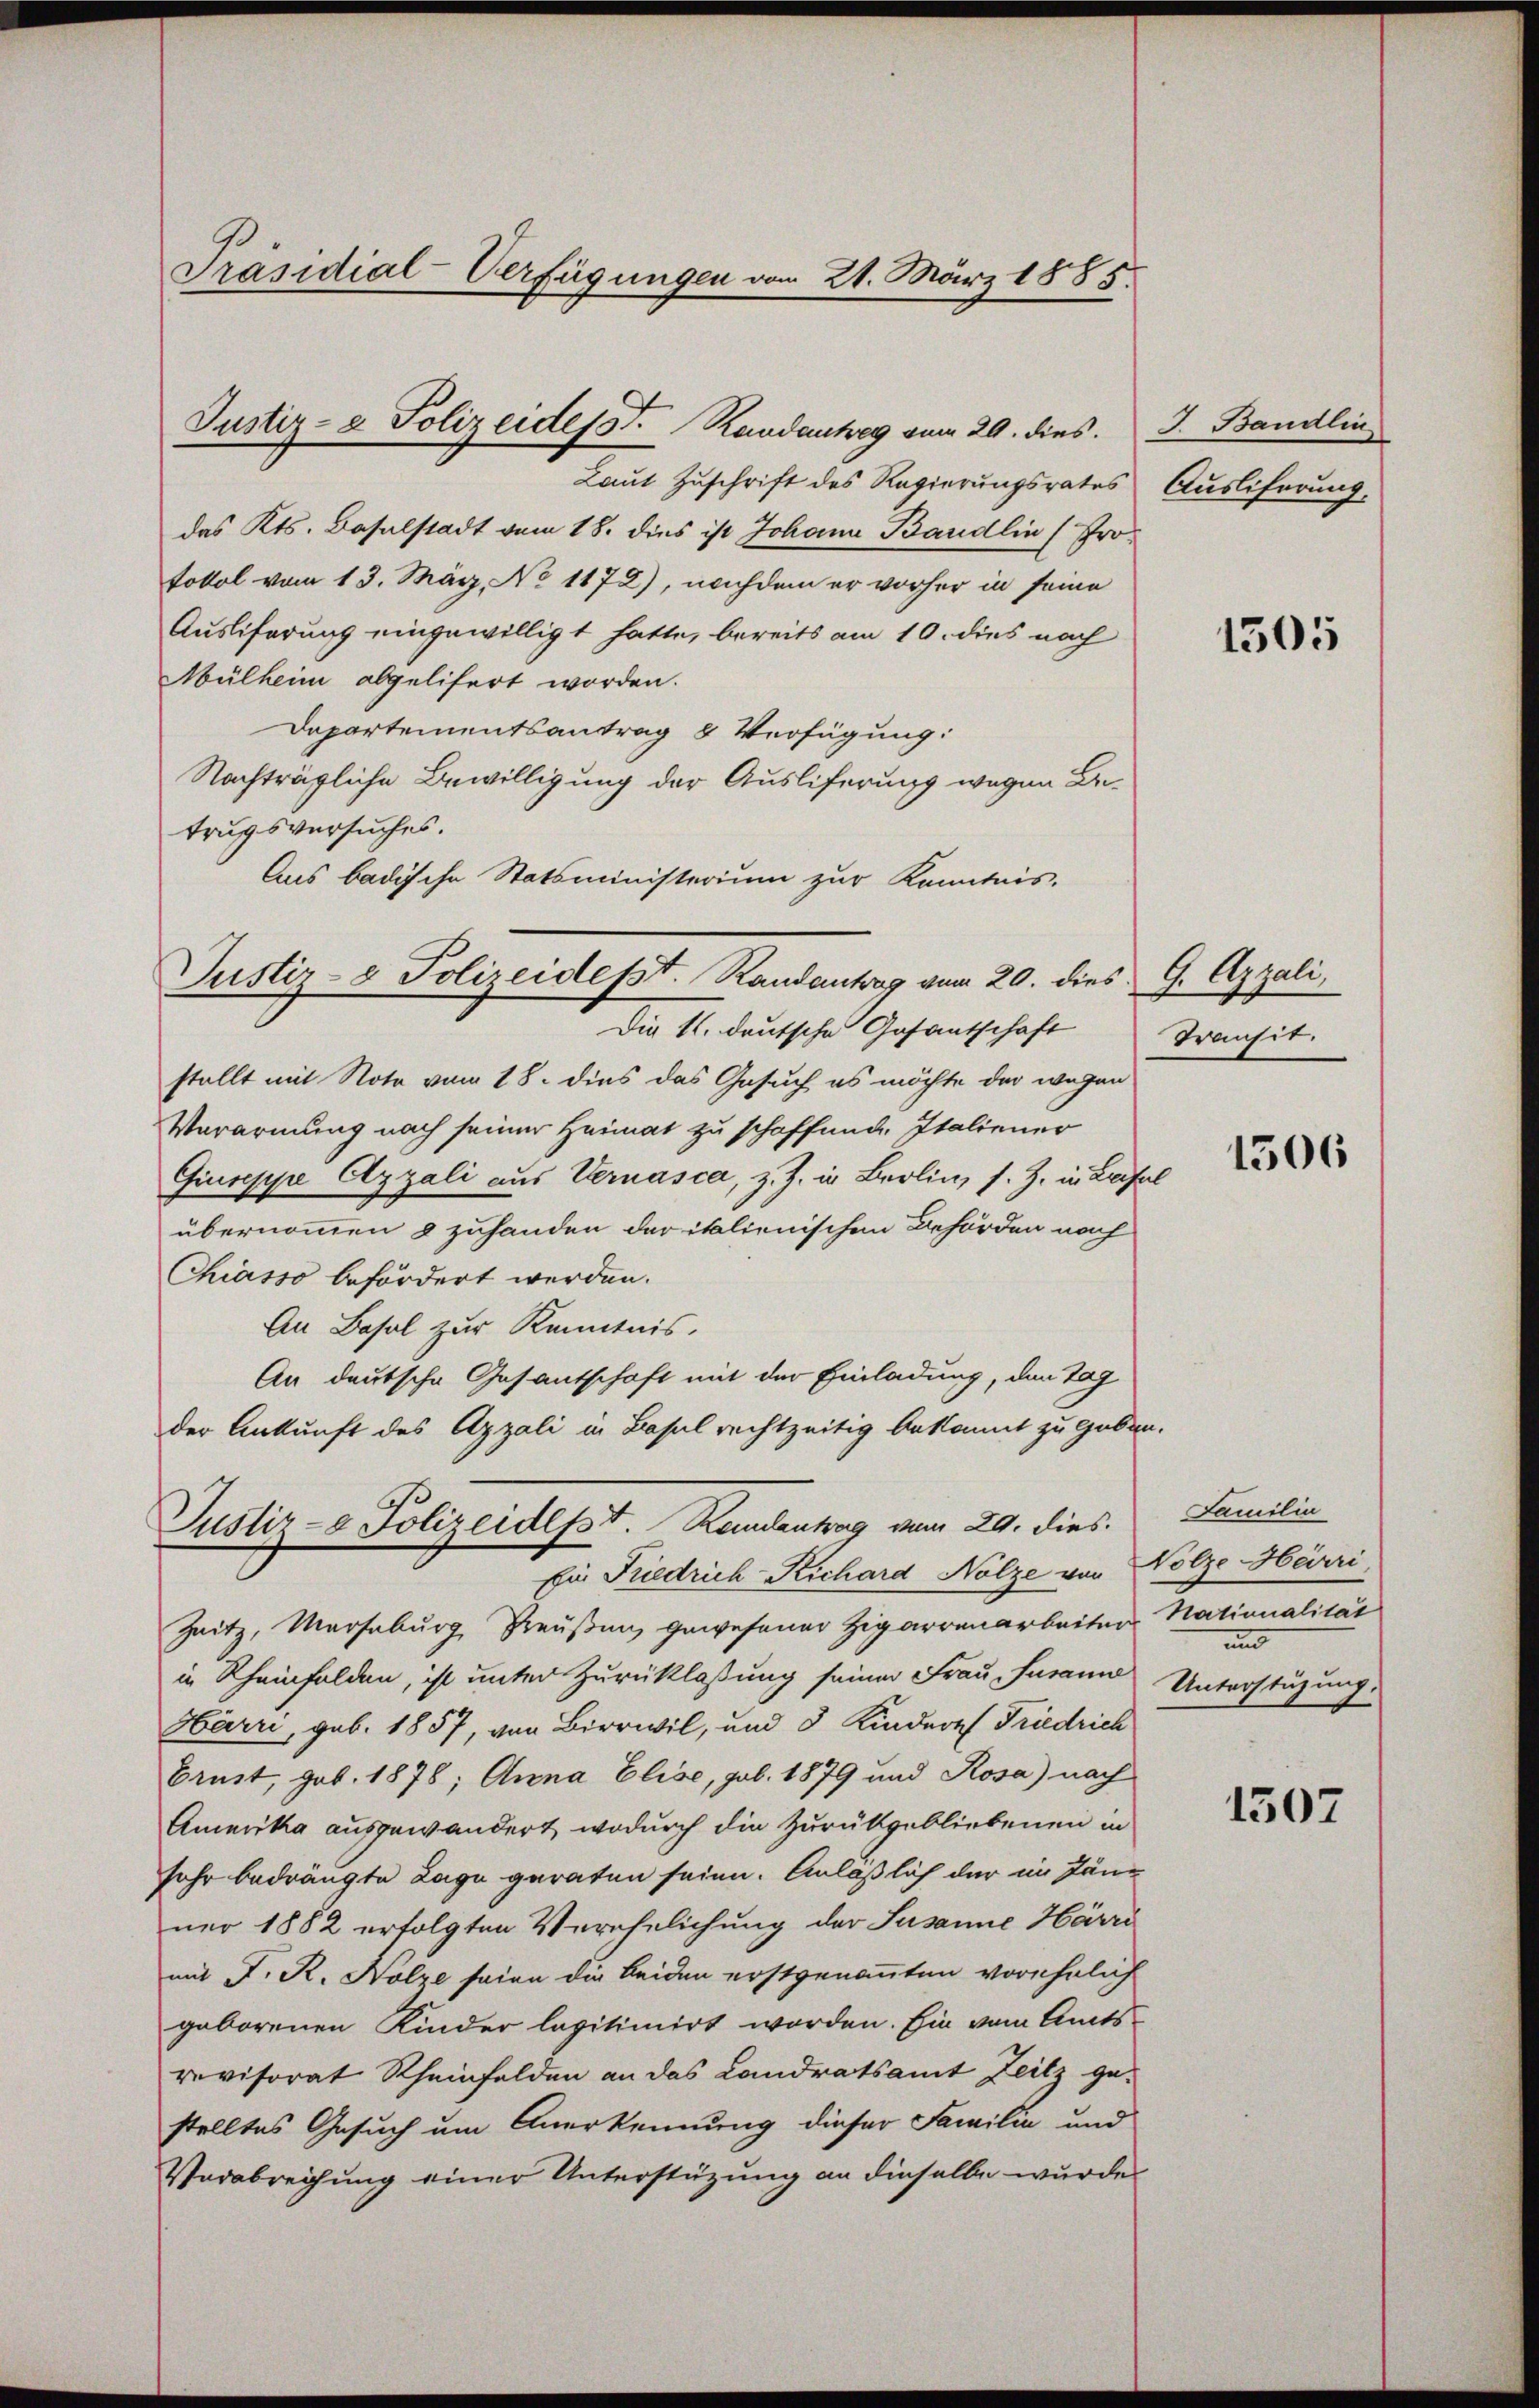
Präsidial-Verfügungen vom 21. März 1885.

das Kts. Baselstadt vom 18. dies ist Johann Baudlin (Protokol vom 13. März, No 1172), nachdem er vorher in seine
Ausliferung eingewilligt hatte, bereits am 10. dies noch
Mülheim abgelifert worden.
Departementsantrag 4 Verfügung:
Nachträgliche Bewilligung der Ausliferung wegen Beitrugsversuches.
Aus badische Statsministerium zur Kenntnis-
Die 1. deutsche Gasantschaft
stellt mit Note vom 18. dies das Gesuch es möchte der wegen
Verarmung nach seiner Heimat zu schaffend, Italiener
Giuseppe Azzali aus Vernasca, z. J. in Berlin, s. Z. in Leifen
übernommen 8 zuhanden daritalienischen Behörden nach
Chiasso befördert werden.
An Basel zur Kenntnis.
An deutsche Gesantschaft mit der Einladung, den Tag
der Ankunft des Appali in Basel rechtzeitig bekannt zu geben.
Justiz- & Polizeidept. Randantag vom 29. dies
Ein Friedrich Richard Nolze von Nolze Härri,
Zeitz, Marseburg Preußen gewesener Zigarrenarbeiten Nationalität
in Rheinfelden, ist unter Zurücklassung seiner Frau Jurann
Härri, geb. 1857, von Birrwil, und 3 Kinderes Friedrich
Brust, geb. 1878; Anna Elise, pob. 1879 und Rosa) nach
Amerika ausgewandert, wodurch die Zurükgebliebenen in
sehr bedrängte Lage geraten seien. Anläßlich der im Jän-
ner 1882 erfolgten Verehelichung der Susanne Härri
mit J. R. Holze seien die beiden erstgenannten vorehrlich
geborenen Kinder legitimirt worden. Ein vom Amts
revisorat Rheinfelden an das Landratsamt Zeitz gestelltes Gesuch um Anerkennung dieser Familia und
Verabreichung einer Unterstüzung an dieselbe wurde

Justiz- & Polizeides St. Kardauhes vom 29. dies. J. Bandlin

Justiz- & Polizeidesst. Randantrag vom 20. dies G. Azzali,

Laut Zuschrift des Regierungsrates

Ausliferung.

1505

Transit.

1506

Familia
und
Unterstüzung.

1507